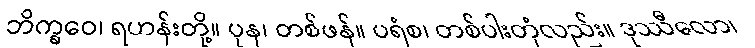
ဘိက္ခဝေ၊ ရဟန်းတို့။ ပုန၊ တစ်ဖန်။ ပရံစ၊ တစ်ပါးတုံလည်း။ ဒုဿီလော၊